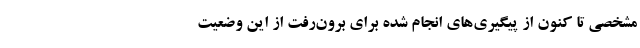
مشخصی تا کنون از پیگیری‌های انجام‌ شده برای برون‌رفت از این وضعیت